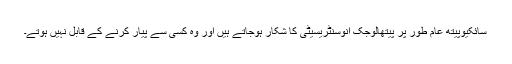
سائکیوپیتھ عام طور پر پیتھالوجک انوسنٹریسیٹی کا شکار ہوجاتے ہیں اور وہ کسی سے پیار کرنے کے قابل نہیں ہوتے۔